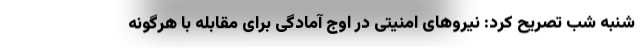
شنبه شب تصریح کرد: نیروهای امنیتی در اوج آمادگی برای مقابله با هرگونه